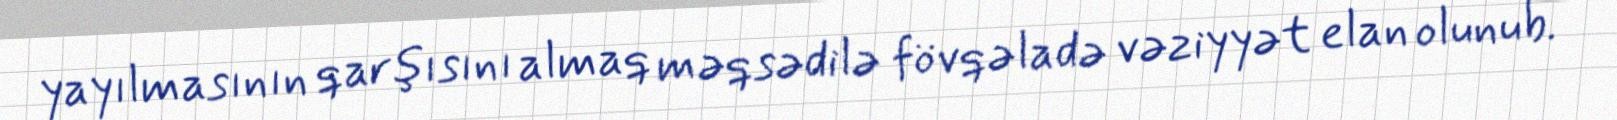
yayılmasının qarşısını almaq məqsədilə fövqəladə vəziyyət elan olunub.